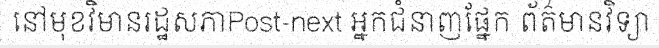
នៅមុខវិមានរដ្ឋសភាPost-next អ្នកជំនាញផ្នែក ព័ត៌មានវិទ្យា